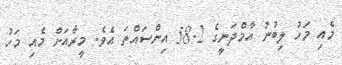
މެއި މަހު ލިބުނު އާމްދަނީގެ 58.2 އިންސައްތަ އެވެ. މީރާއަށް މެއި މަހު